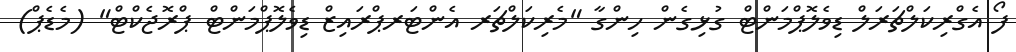
ފޯ އެގްރިކަލްޗަރަލް ޑިވެލޮޕްމަންޓް ގުޅިގެން ހިންގާ "މެރިކަލްޗަރ އެންޓަރޕްރައިޒް ޑިވެލޮޕްމަންޓް ޕްރޮޖެކްޓް" (މެޑެޕް)